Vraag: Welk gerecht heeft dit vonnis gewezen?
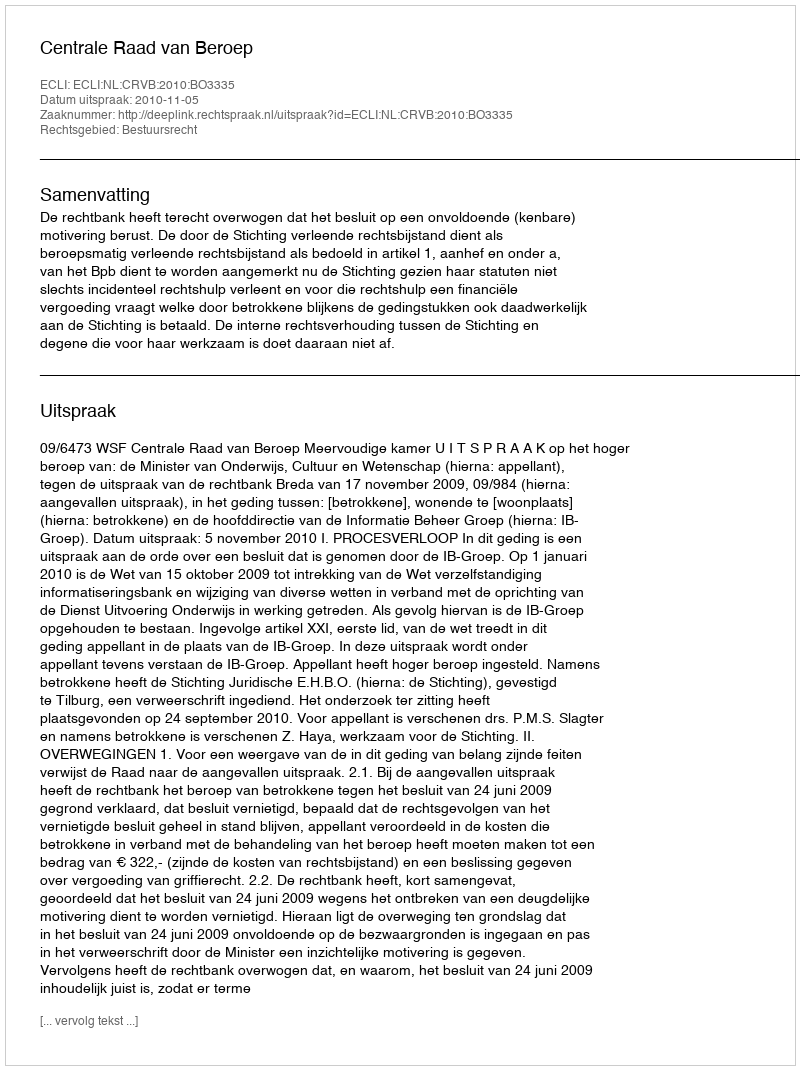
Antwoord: Centrale Raad van Beroep